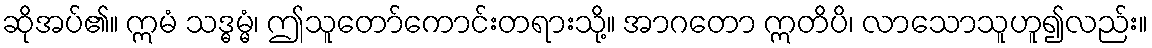
ဆိုအပ်၏။ ဣမံ သဒ္ဓမ္မံ၊ ဤသူတော်ကောင်းတရားသို့။ အာဂတော ဣတိပိ၊ လာသောသူဟူ၍လည်း။